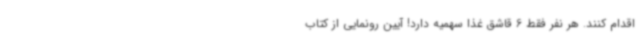
اقدام کنند. هر نفر فقط 6 قاشق غذا سهمیه دارد! آیین رونمایی از کتاب